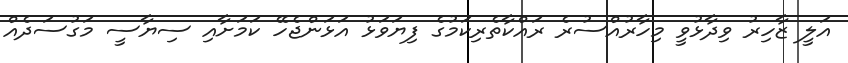
އަލީ ޒާހިރު ވިދާޅުވީ މިހާރުއްސުރެ ރައްކާތެރިކަމުގެ ފިޔަވަޅު އަޅަންޖެހޭ ކަމަށާއި ސިޔާސީ މަގުސަދެއް